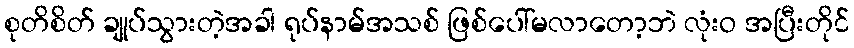
စုတိစိတ် ချုပ်သွားတဲ့အခါ ရုပ်နာမ်အသစ် ဖြစ်ပေါ်မလာတော့ဘဲ လုံးဝ အပြီးတိုင်